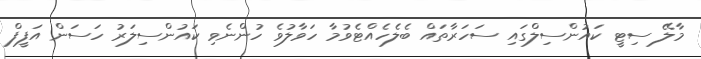
މާލޭ ސިޓީ ކައުންސިލްގައި ސަހަރާތައް ބެލެހެއްޓެވުމާ ހަވާލުވެ ހުންނެވި ކައުންސިލަރު ހަސަން އަފީފް